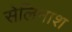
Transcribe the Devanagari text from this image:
सेलिनाश